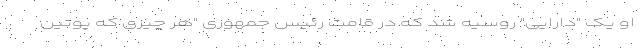
او یک "دارایی" روسیه شد که در قامت رئیس جمهوری "هر چیزی که پوتین